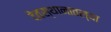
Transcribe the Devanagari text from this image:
देवस्थानातल्या